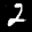
Label: 2